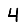
Digit: 4